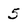
Character: 5